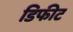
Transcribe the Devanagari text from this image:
डिफीट